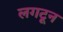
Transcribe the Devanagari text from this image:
लगटून